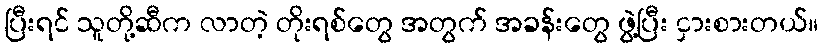
ပြီးရင် သူတို့ဆီက လာတဲ့ တိုးရစ်တွေ အတွက် အခန်းတွေ ဖွဲ့ပြီး ငှားစားတယ်။